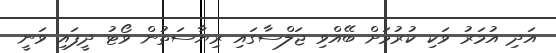
އަދި އުމަރު ވަކި ކުރުމަށް ބޭއްވި ޖަލްސާގައި ރިޔާސަތުން ވޯޓު ދީފައި ވަނީ